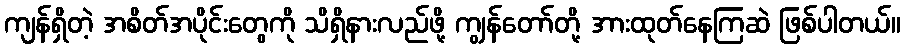
ကျန်ရှိတဲ့ အစိတ်အပိုင်းတွေကို သိရှိနားလည်ဖို့ ကျွန်တော်တို့ အားထုတ်နေကြဆဲ ဖြစ်ပါတယ်။